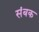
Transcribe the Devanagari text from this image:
संबक